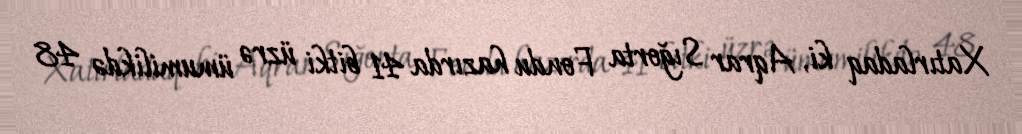
Xatırladaq ki, Aqrar Sığorta Fondu hazırda 41 bitki üzrə ümumilikdə 48